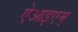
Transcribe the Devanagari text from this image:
ऐआइएम्